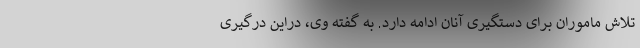
تلاش ماموران برای دستگیری آنان ادامه دارد. به گفته وی، دراین درگیری